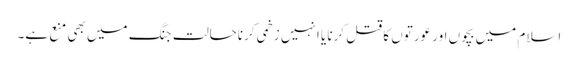
اسلام میں بچوں اور عورتوں کا قتل کرنا یا انہیں زخمی کرناحالت جنگ میں بھی منع ہے۔